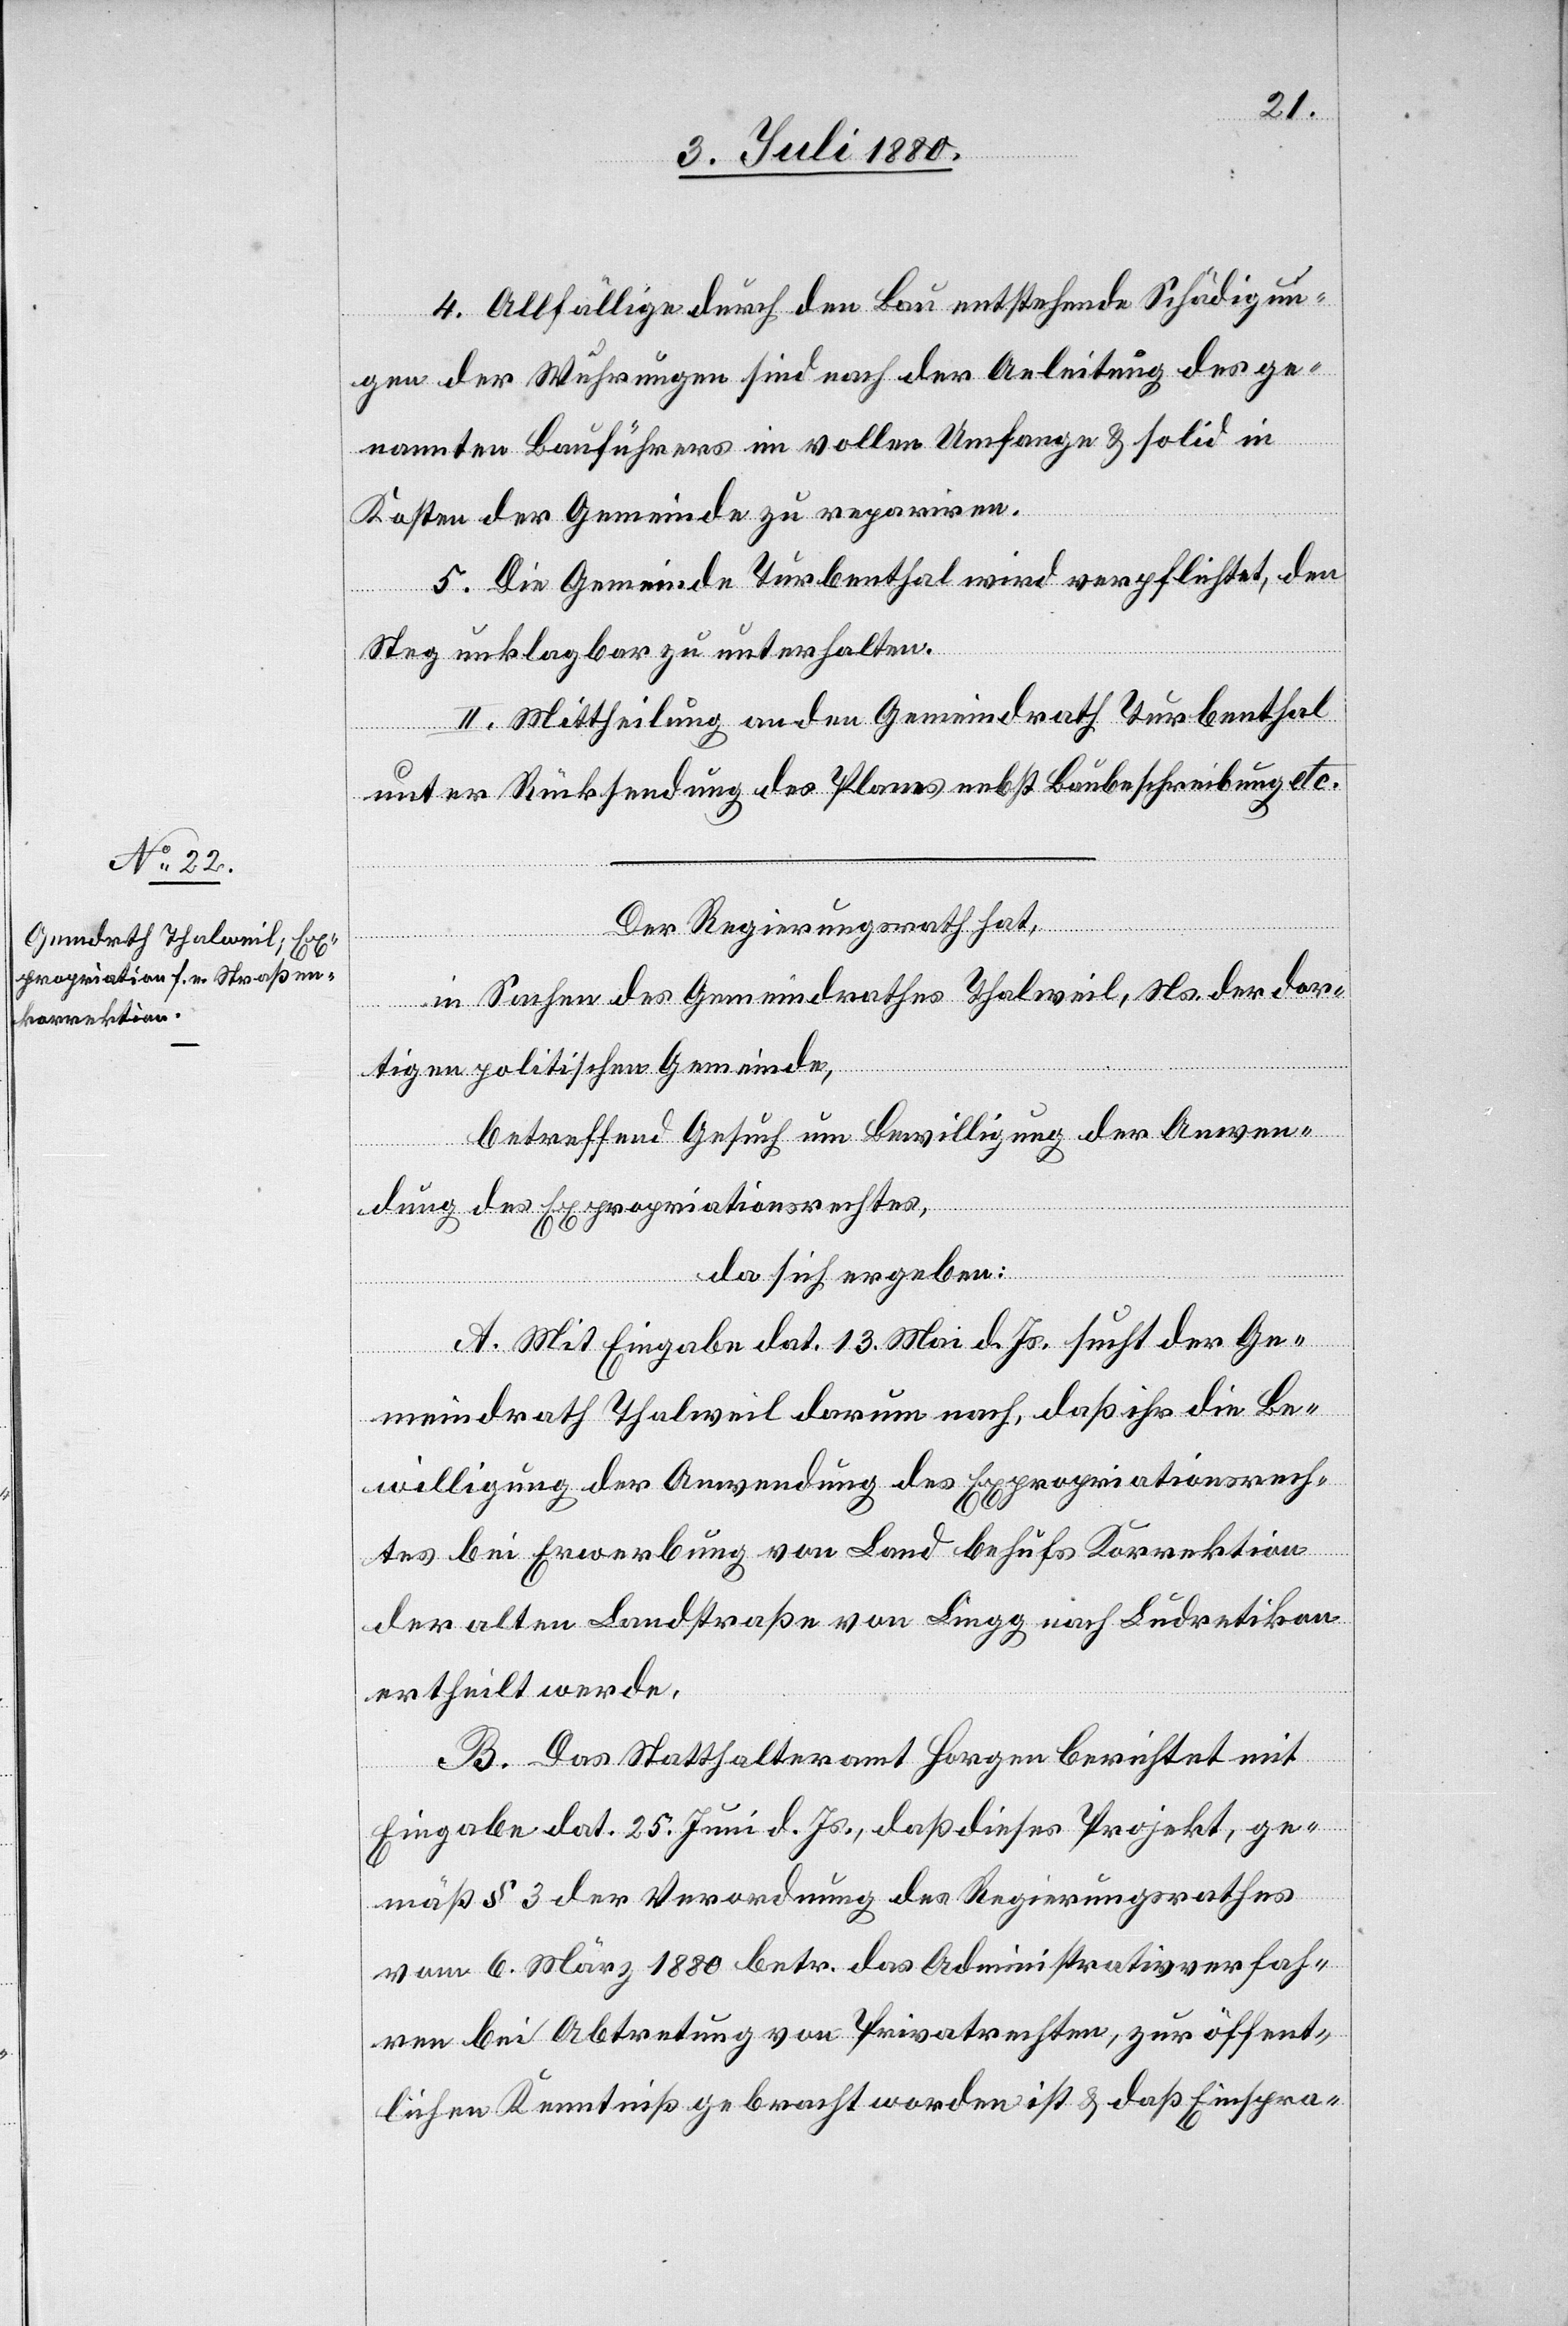
4. Allfällige durch den Bau entstehende Schädigun¬
gen der Wuhrungen sind nach der Anleitung des ge¬
nannten Bauführers im vollen Umfange & solid in
Kosten der Gemeinde zu repariren.
5. Die Gemeinde Turbenthal wird verpflichtet, den
Steg unklagbar zu unterhalten.
II. Mittheilung an den Gemeindrath Turbenthal
unter Rücksendung des Plans nebst Baubeschreibung etc.
Der Regierungsrath hat,
in Sachen des Gemeindrathes Thalweil, Ns. der dor¬
tigen politischen Gemeinde,
betreffend Gesuch um Bewilligung der Anwen¬
dung des Expropriationsrechtes,
da sich ergeben:
A. Mit Eingabe dat. 13. Mai d. Js. sucht der Ge¬
meindrath Thalweil darum nach, daß ihr die Be¬
willigung der Anwendung des Expropriationsrech¬
tes bei Erwerbung von Land behufs Korrektion
der alten Landstraße von Lingg nach Ludretikon
ertheilt werde.
B. Das Statthalteramt Horgen berichtet mit
Eingabe dat. 25. Juni d. Js., daß dieses Projekt, ge¬
mäß § 3 der Verordnung des Regierungsrathes
vom 6. März 1880 betr. das Administrativverfah¬
ren bei Abtretung von Privatrechten, zur öffent¬
lichen Kenntniß gebracht worden ist & daß Einspra-